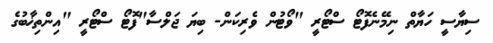
ސިޔާސީ ހަޔާތް ނިމޭނެފޮޓޯ ސްޓޯރީ "ވޯޓުން ވެރިކަން- ބިޔަ ޖަލްސާ"ފޮޓޯ ސްޓޯރީ "އިންތިޚާބުގެ